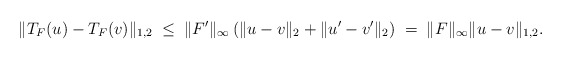
\begin{align*}\|T_F(u) - T_F(v)\|_{1,2} \; \leq \; \|F'\|_\infty \left( \|u - v\|_2 + \|u' - v'\|_2\right) \; = \; \|F\|_\infty\|u - v \|_{1,2}.\end{align*}